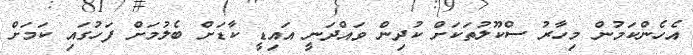
އެހެންކަމުން މިހާރު ސްކޫލުތަކަށް ކުދިން ވައްދަނީ އައިޑީ ކާޑަށް ބެލުމަށް ފަހުގައި ކަމަށް